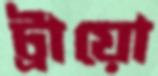
ট্রায়ো